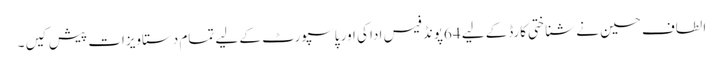
الطاف حسین نے شناختی کارڈکے لیے 64پونڈ فیس ادا کی اور پاسپورٹ کے لیے تمام دستاویزات پیش کیں ۔